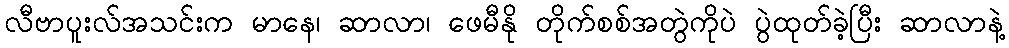
လီဗာပူးလ်အသင်းက မာနေ၊ ဆာလာ၊ ဖေမီနို တိုက်စစ်အတွဲကိုပဲ ပွဲထုတ်ခဲ့ပြီး ဆာလာနဲ့